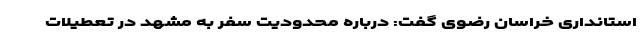
استانداری خراسان رضوی گفت: درباره محدودیت سفر به مشهد در تعطیلات